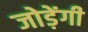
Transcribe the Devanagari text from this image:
जोड़ेंगी